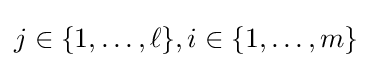
j\in \{1,\ldots ,\ell \},i\in \{1,\ldots ,m\}